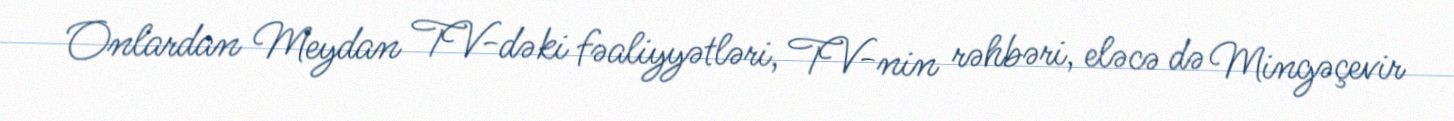
Onlardan Meydan TV-dəki fəaliyyətləri, TV-nin rəhbəri, eləcə də Mingəçevir